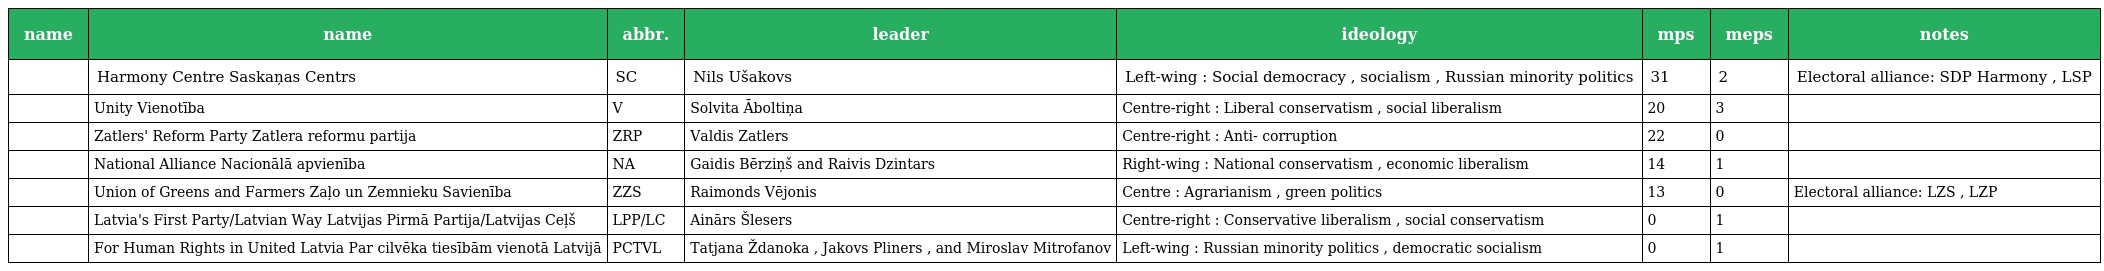
| name | name | abbr. | leader | ideology | mps | meps | notes |
 | --- | --- | --- | --- | --- | --- | --- | --- |
 |  | Harmony Centre Saskaņas Centrs | SC | Nils Ušakovs | Left-wing : Social democracy , socialism , Russian minority politics | 31 | 2 | Electoral alliance: SDP Harmony , LSP |
 |  | Unity Vienotība | V | Solvita Āboltiņa | Centre-right : Liberal conservatism , social liberalism | 20 | 3 |  |
 |  | Zatlers' Reform Party Zatlera reformu partija | ZRP | Valdis Zatlers | Centre-right : Anti- corruption | 22 | 0 |  |
 |  | National Alliance Nacionālā apvienība | NA | Gaidis Bērziņš and Raivis Dzintars | Right-wing : National conservatism , economic liberalism | 14 | 1 |  |
 |  | Union of Greens and Farmers Zaļo un Zemnieku Savienība | ZZS | Raimonds Vējonis | Centre : Agrarianism , green politics | 13 | 0 | Electoral alliance: LZS , LZP |
 |  | Latvia's First Party/Latvian Way Latvijas Pirmā Partija/Latvijas Ceļš | LPP/LC | Ainārs Šlesers | Centre-right : Conservative liberalism , social conservatism | 0 | 1 |  |
 |  | For Human Rights in United Latvia Par cilvēka tiesībām vienotā Latvijā | PCTVL | Tatjana Ždanoka , Jakovs Pliners , and Miroslav Mitrofanov | Left-wing : Russian minority politics , democratic socialism | 0 | 1 |  |